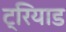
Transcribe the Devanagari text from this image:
ट्रियाड